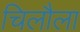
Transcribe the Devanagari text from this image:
चिलौला